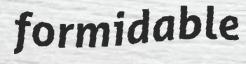
formidable